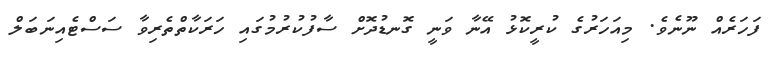
ފަހަރެއް ނޫނެވެ. މިއަހަރުގެ ކުރީކޮޅު އޭނާ ވަނީ ގޮނޑުދޮށް ސާފުކުރުމުގައި ހަރަކާތްތެރިވާ ސަސްޓެއިނަބަލް